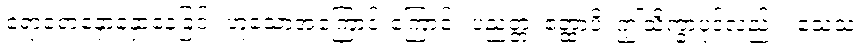
ရောရောနှောနှောနေခြင်း ဟူသောအကြောင်းကြောင့်။ ပညတ္တံ၊ ဧတ္ထာပိ၊ ဤသိက္ခာပုဒ်လည်း။ သေသံ၊